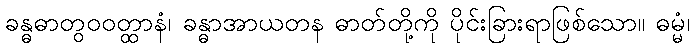
ခန္ဓဓာတွဝဝတ္ထာနံ၊ ခန္ဓာအာယတန ဓာတ်တို့ကို ပိုင်းခြားရာဖြစ်သော။ ဓမ္မံ၊